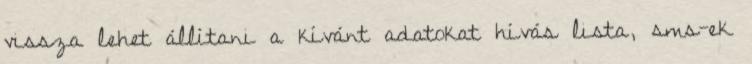
vissza lehet állítani a kívánt adatokat hívás lista, sms-ek